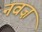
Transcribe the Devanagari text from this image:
नवज़